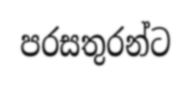
පරසතුරන්ට